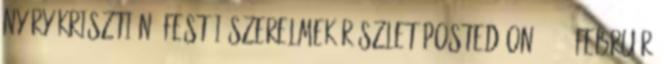
Nyáry Krisztián: Festői szerelmek részlet Posted on 2018. február